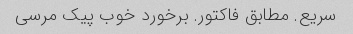
سریع. مطابق فاکتور. برخورد خوب پیک مرسی